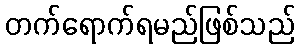
တက်ရောက်ရမည်ဖြစ်သည်